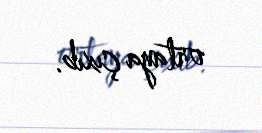
ortaya çıxıb.